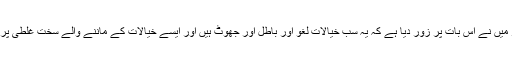
مگر میں نے اس بات پر زور دیا ہے کہ یہ سب خیالات لغو اور باطل اور جھوٹ ہیں اور ایسے خیالات کے ماننے والے سخت غلطی پر ہیں۔